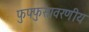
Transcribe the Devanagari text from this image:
फुफ्फुसावरणीय